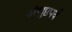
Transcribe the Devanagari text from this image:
अंगुष्ठपर्व